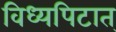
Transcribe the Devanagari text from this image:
विध्यपिटात्